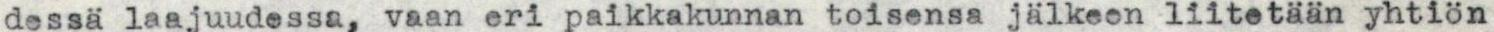
dessä laajuudessa, vaan eri paikkakunnan toisensa jälkeen liitetään yhtiön